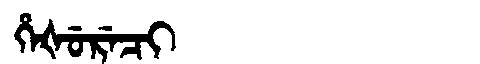
Manchu: ᡥᡝᡧᡠᡵᡝᠴᡳ
Romanization: HEŠURECI